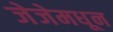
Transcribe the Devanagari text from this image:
जेजेमधून